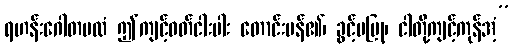
ရဟန်းဂေါတမထံ ဤကျင့်ဝတ်ငါးပါး တောင်းပန်၏၊ ခွင့်မပြု၊ ငါတို့ကျင့်ကုန်အံ့”